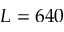
L = 6 4 0